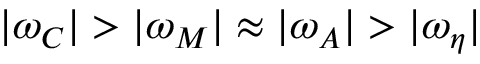
| \omega _ { C } | > | \omega _ { M } | \approx | \omega _ { A } | > | \omega _ { \eta } |